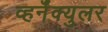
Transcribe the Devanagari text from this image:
व्हर्नॅक्युलर